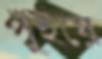
পুঁইয়ে